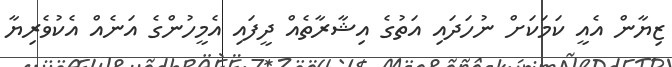
ޒިޔާން އެއީ ކަމަކަށް ނުހަދައި އަތުގެ އިޝާރާތެއް ދީފައި އެމީހުންގެ އަނެއް އެކުވެރިޔާ